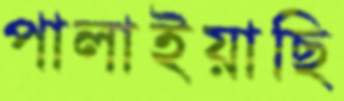
পালাইয়াছি